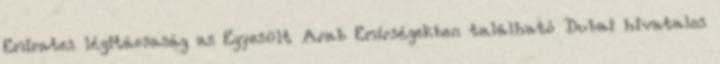
Emirates légitársaság az Egyesült Arab Emírségekben található Dubai hivatalos